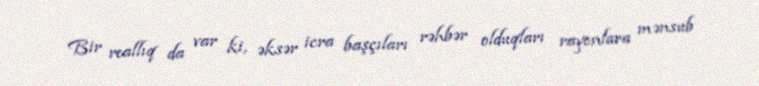
Bir reallıq da var ki, əksər icra başçıları rəhbər olduqları rayonlara mənsub